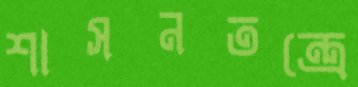
শাসনতন্ত্রে